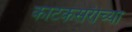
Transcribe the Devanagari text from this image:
काटकसरीच्या